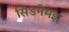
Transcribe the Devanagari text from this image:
सिडनेमझ